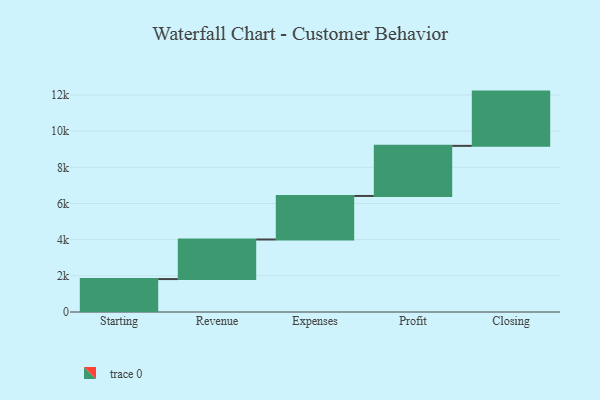
{"axis": {"x": "Step", "y": "Value"}, "legend": [""], "data": [{"x": "Starting", "y": 1820.0, "type": ""}, {"x": "Revenue", "y": 2189.0, "type": ""}, {"x": "Expenses", "y": 2407.0, "type": ""}, {"x": "Profit", "y": 2770.0, "type": ""}, {"x": "Closing", "y": 3000, "type": ""}]}